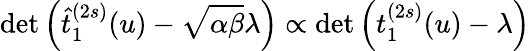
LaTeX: \operatorname*{det}\left(\widehat{t}_{1}^{(2s)}(u)-\sqrt{\alpha\beta}\lambda\right)\propto\operatorname*{det}\left(t_{1}^{(2s)}(u)-\lambda\right)